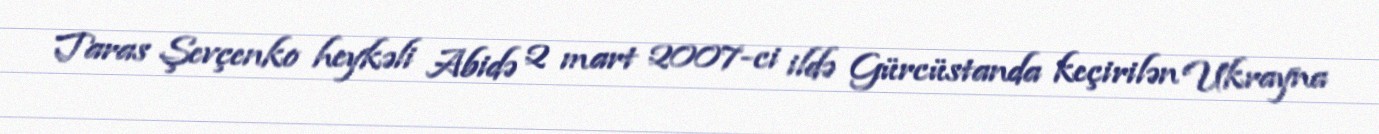
Taras Şevçenko heykəli Abidə 2 mart 2007-ci ildə Gürcüstanda keçirilən Ukrayna